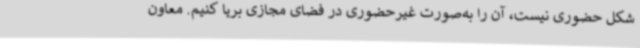
شکل حضوری نیست، آن را به‌صورت غیرحضوری در فضای مجازی برپا کنیم. معاون